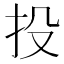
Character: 投